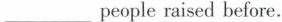
___peopleraised before.